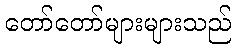
တော်တော်များများသည်